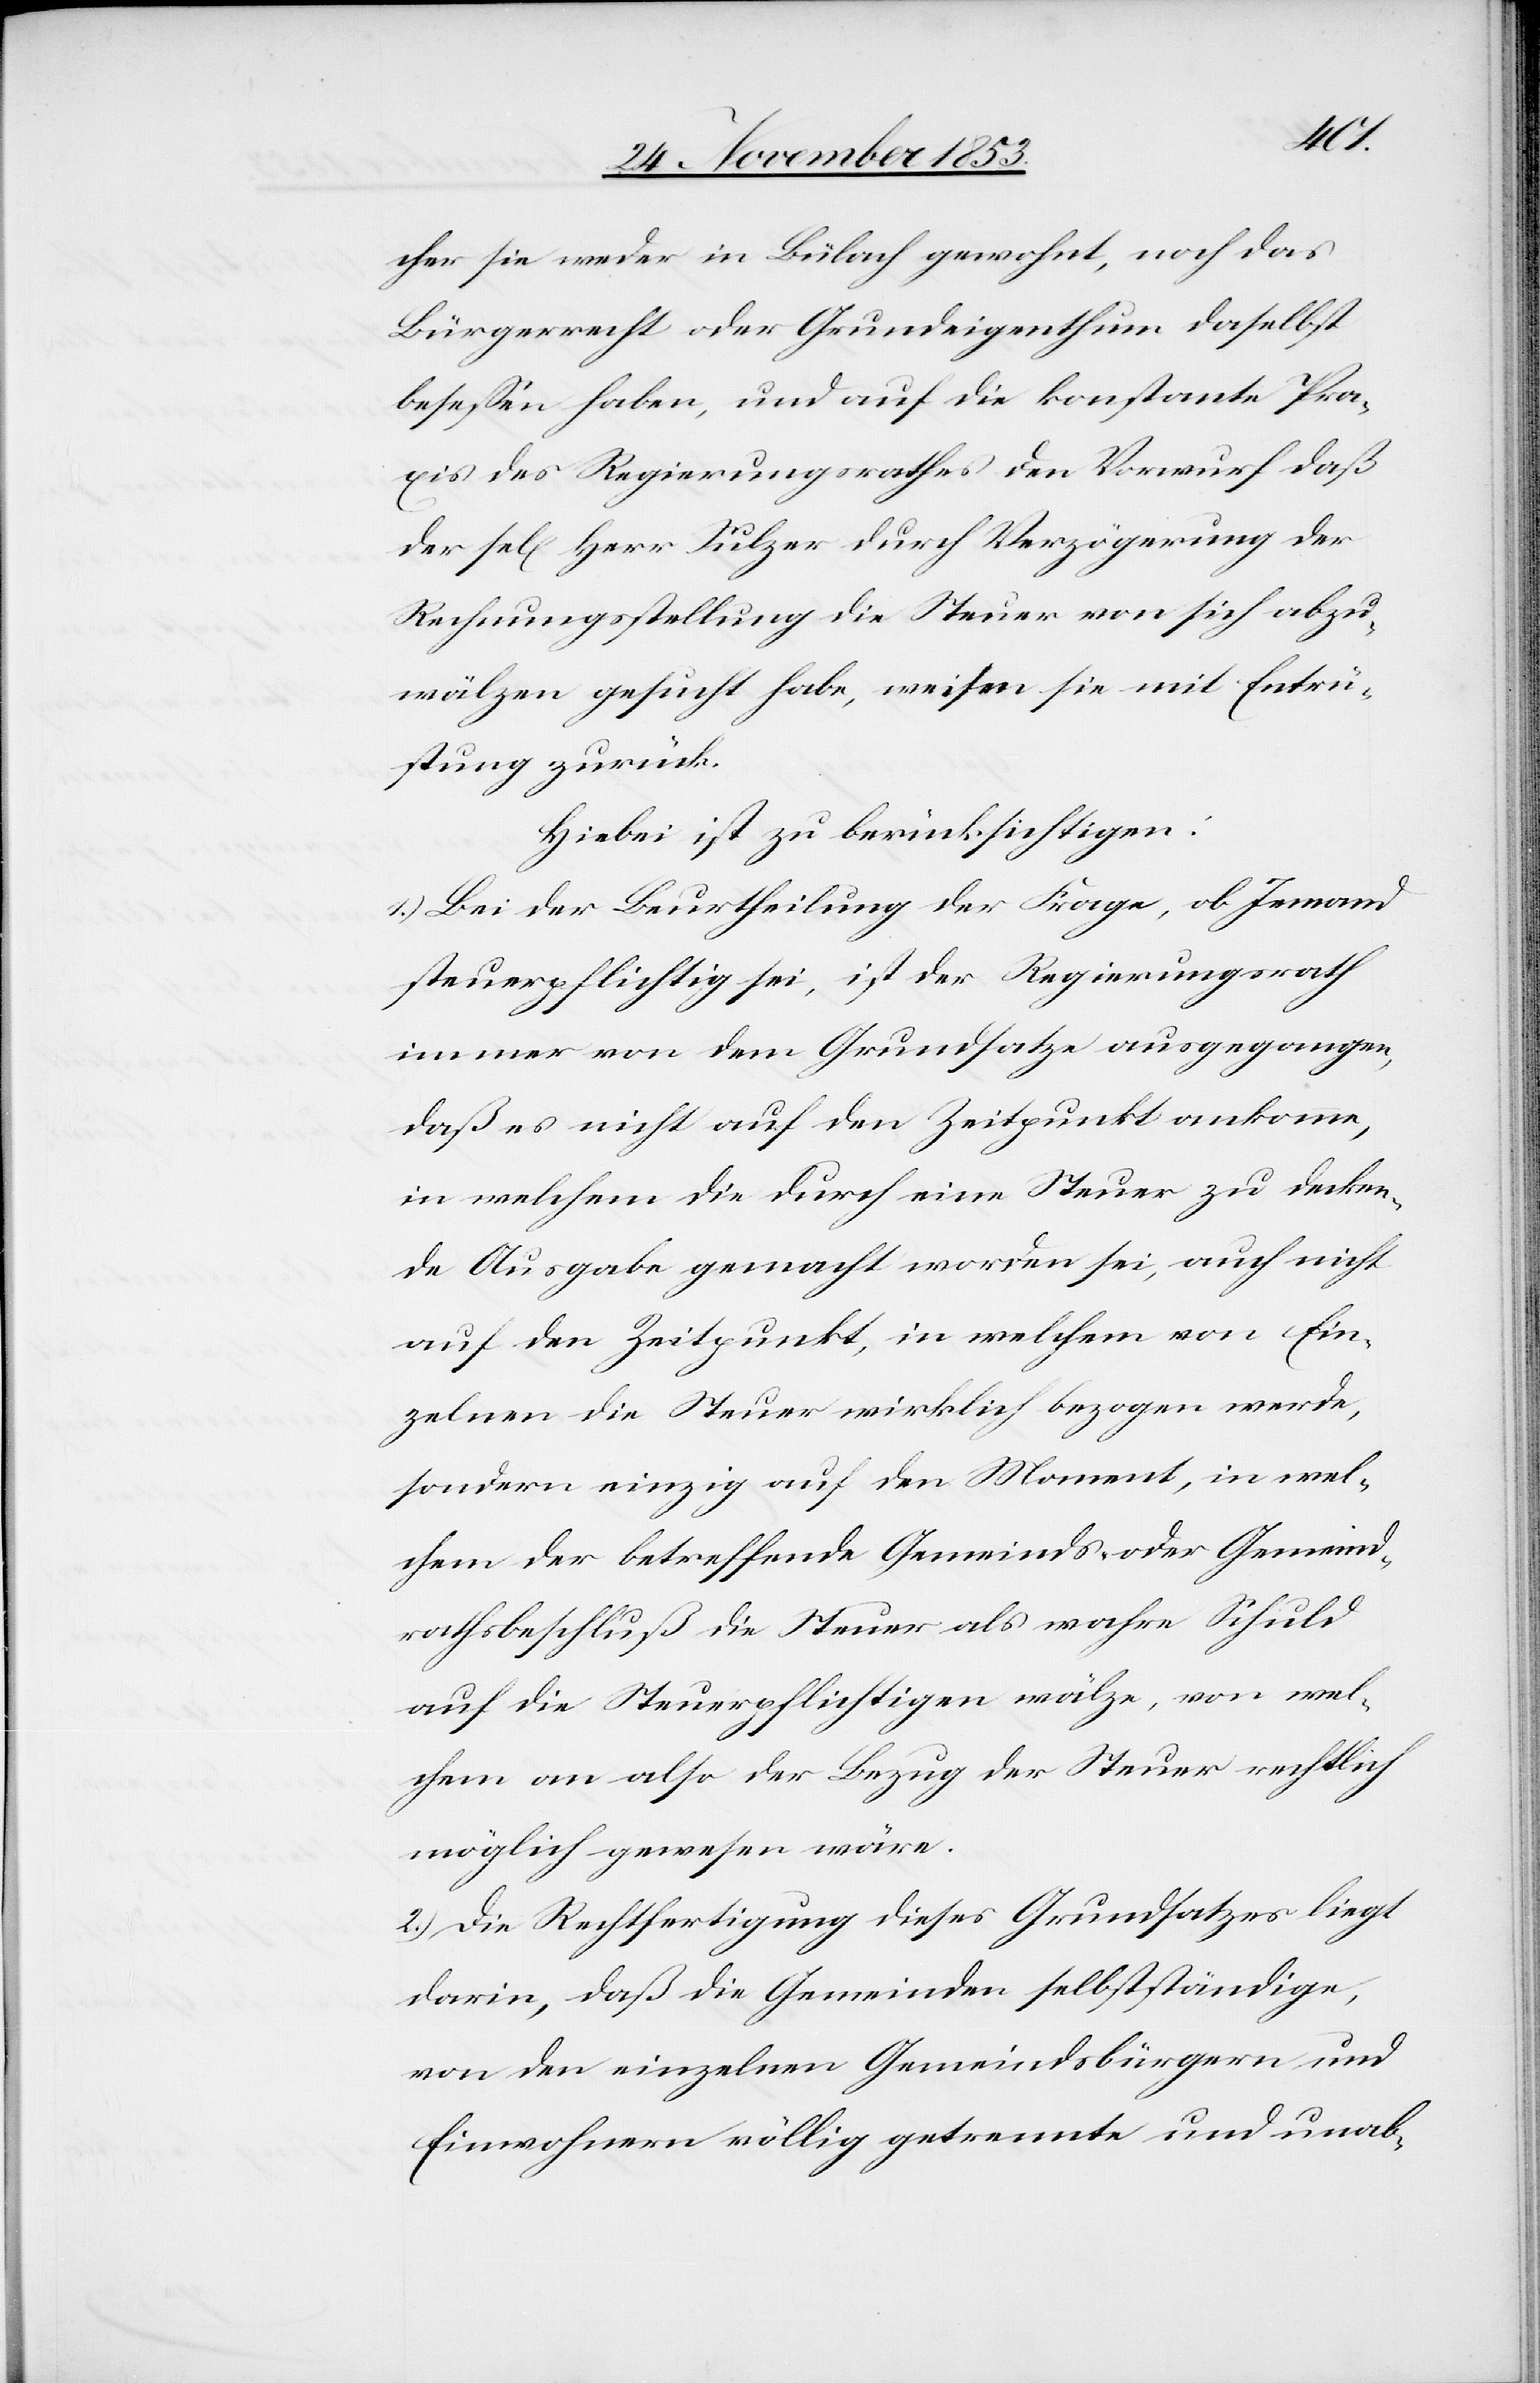
Ein¬
cher sie weder in Bülach gewohnt, noch das
Bürgerrecht oder Grundeigenthum daselbst
belaßen haben, und auf die konstante Pra¬
xis des Regierungsrathes den Vorwurf daß
der sel[ige] Herr Sulzer durch Verzögerung der
Rechnungsstellung die Steuer von sich abzu¬
wälzen gesucht habe, weisen sie mit Entrü¬
stung zurück.
Hiebei ist zu berücksichtigen:
1) Bei der Beurtheilung der Frage, ob Jemand
steuerpflichtig sei, ist der Regierungsrath
immer von dem Grundsatze ausgegangen,
daß es nicht auf den Zeitpunkt ankomme,
zelnen die Steuer wirklich bezogen werde,
sondern einzig auf den Moment, in wel¬
chem der betreffende Gemeinds- oder Gemeind¬
rathsbeschluß die Steuer als wahre Schuld
auf die Steuerpflichtigen wälze, von wel¬
chem an also der Bezug der Steuer rechtlich
möglich gewesen wäre.
2.) Die Rechtfertigung dieses Grundsatzes liegt
darin, daß die Gemeinden selbständige,
von den einzelnen Gemeindsbürgern und
Einwohnern völlige getrennte und unab-